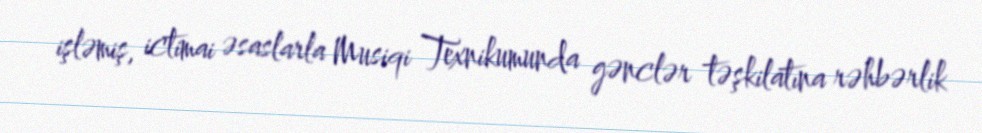
işləmiş, ictimai əsaslarla Musiqi Texnikumunda gənclər təşkilatına rəhbərlik